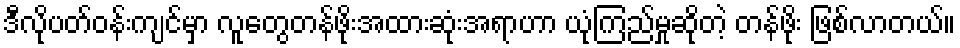
ဒီလိုပတ်ဝန်းကျင်မှာ လူတွေတန်ဖိုးအထားဆုံးအရာဟာ ယုံကြည်မှုဆိုတဲ့ တန်ဖိုး ဖြစ်လာတယ်။